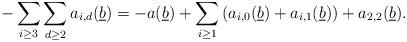
LaTeX: \begin{align*} - \sum_{i \geq 3}\sum_{d \geq 2} a_{i,d}(\underline{b}) = - a(\underline{b}) + \sum_{i \geq 1}\left(a_{i,0}(\underline{b}) + a_{i,1}(\underline{b})\right) + a_{2,2}(\underline{b}).\end{align*}